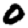
Digit: 0